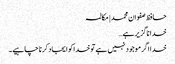
حافظ صفوان محمد | مکالمہ
خدا ناگزیر ہے…
خدا اگر موجود نہیں ہے تو خدا کو ایجاد کرنا چاہیے۔